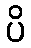
ပိ